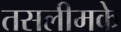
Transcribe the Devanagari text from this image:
तसलीमके